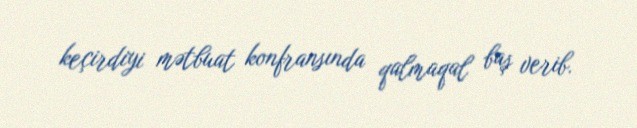
keçirdiyi mətbuat konfransında qalmaqal baş verib.